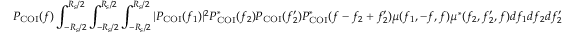
P _ { \mathrm { C O I } } ( f ) \int _ { - R _ { s } / 2 } ^ { R _ { s } / 2 } \int _ { - R _ { s } / 2 } ^ { R _ { s } / 2 } \int _ { - R _ { s } / 2 } ^ { R _ { s } / 2 } | P _ { \mathrm { C O I } } ( f _ { 1 } ) | ^ { 2 } P _ { \mathrm { C O I } } ^ { \ast } ( f _ { 2 } ) P _ { \mathrm { C O I } } ( f _ { 2 } ^ { \prime } ) P _ { \mathrm { C O I } } ^ { \ast } ( f - f _ { 2 } + f _ { 2 } ^ { \prime } ) \mu ( f _ { 1 } , - f , f ) \mu ^ { \ast } ( f _ { 2 } , f _ { 2 } ^ { \prime } , f ) d f _ { 1 } d f _ { 2 } d f _ { 2 } ^ { \prime }